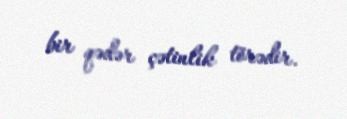
bir qədər çətinlik törədir.